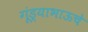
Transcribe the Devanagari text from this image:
गूंड्याभाऊचे